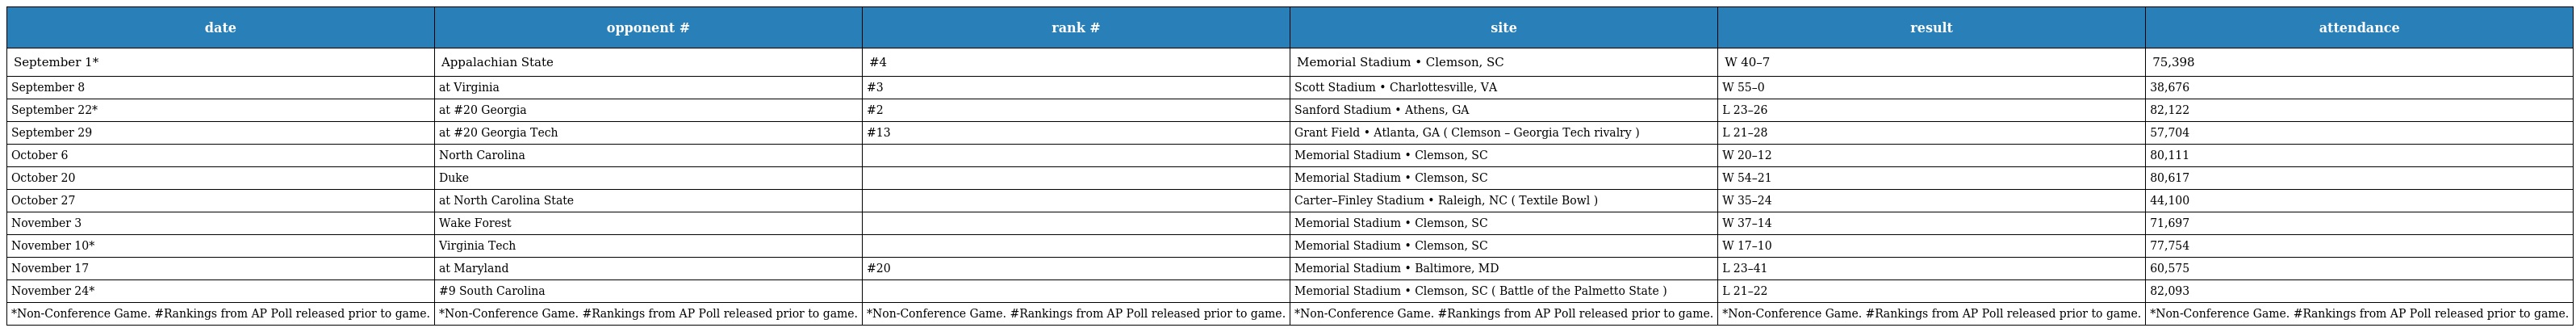
| date | opponent # | rank # | site | result | attendance |
 | --- | --- | --- | --- | --- | --- |
 | September 1* | Appalachian State | #4 | Memorial Stadium • Clemson, SC | W 40–7 | 75,398 |
 | September 8 | at Virginia | #3 | Scott Stadium • Charlottesville, VA | W 55–0 | 38,676 |
 | September 22* | at #20 Georgia | #2 | Sanford Stadium • Athens, GA | L 23–26 | 82,122 |
 | September 29 | at #20 Georgia Tech | #13 | Grant Field • Atlanta, GA ( Clemson – Georgia Tech rivalry ) | L 21–28 | 57,704 |
 | October 6 | North Carolina |  | Memorial Stadium • Clemson, SC | W 20–12 | 80,111 |
 | October 20 | Duke |  | Memorial Stadium • Clemson, SC | W 54–21 | 80,617 |
 | October 27 | at North Carolina State |  | Carter–Finley Stadium • Raleigh, NC ( Textile Bowl ) | W 35–24 | 44,100 |
 | November 3 | Wake Forest |  | Memorial Stadium • Clemson, SC | W 37–14 | 71,697 |
 | November 10* | Virginia Tech |  | Memorial Stadium • Clemson, SC | W 17–10 | 77,754 |
 | November 17 | at Maryland | #20 | Memorial Stadium • Baltimore, MD | L 23–41 | 60,575 |
 | November 24* | #9 South Carolina |  | Memorial Stadium • Clemson, SC ( Battle of the Palmetto State ) | L 21–22 | 82,093 |
 | *Non-Conference Game. #Rankings from AP Poll released prior to game. | *Non-Conference Game. #Rankings from AP Poll released prior to game. | *Non-Conference Game. #Rankings from AP Poll released prior to game. | *Non-Conference Game. #Rankings from AP Poll released prior to game. | *Non-Conference Game. #Rankings from AP Poll released prior to game. | *Non-Conference Game. #Rankings from AP Poll released prior to game. |